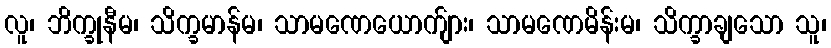
လူ၊ ဘိက္ခုနီမ၊ သိက္ခမာန်မ၊ သာမဏေယောက်ျား၊ သာမဏေမိန်းမ၊ သိက္ခာချသော သူ၊